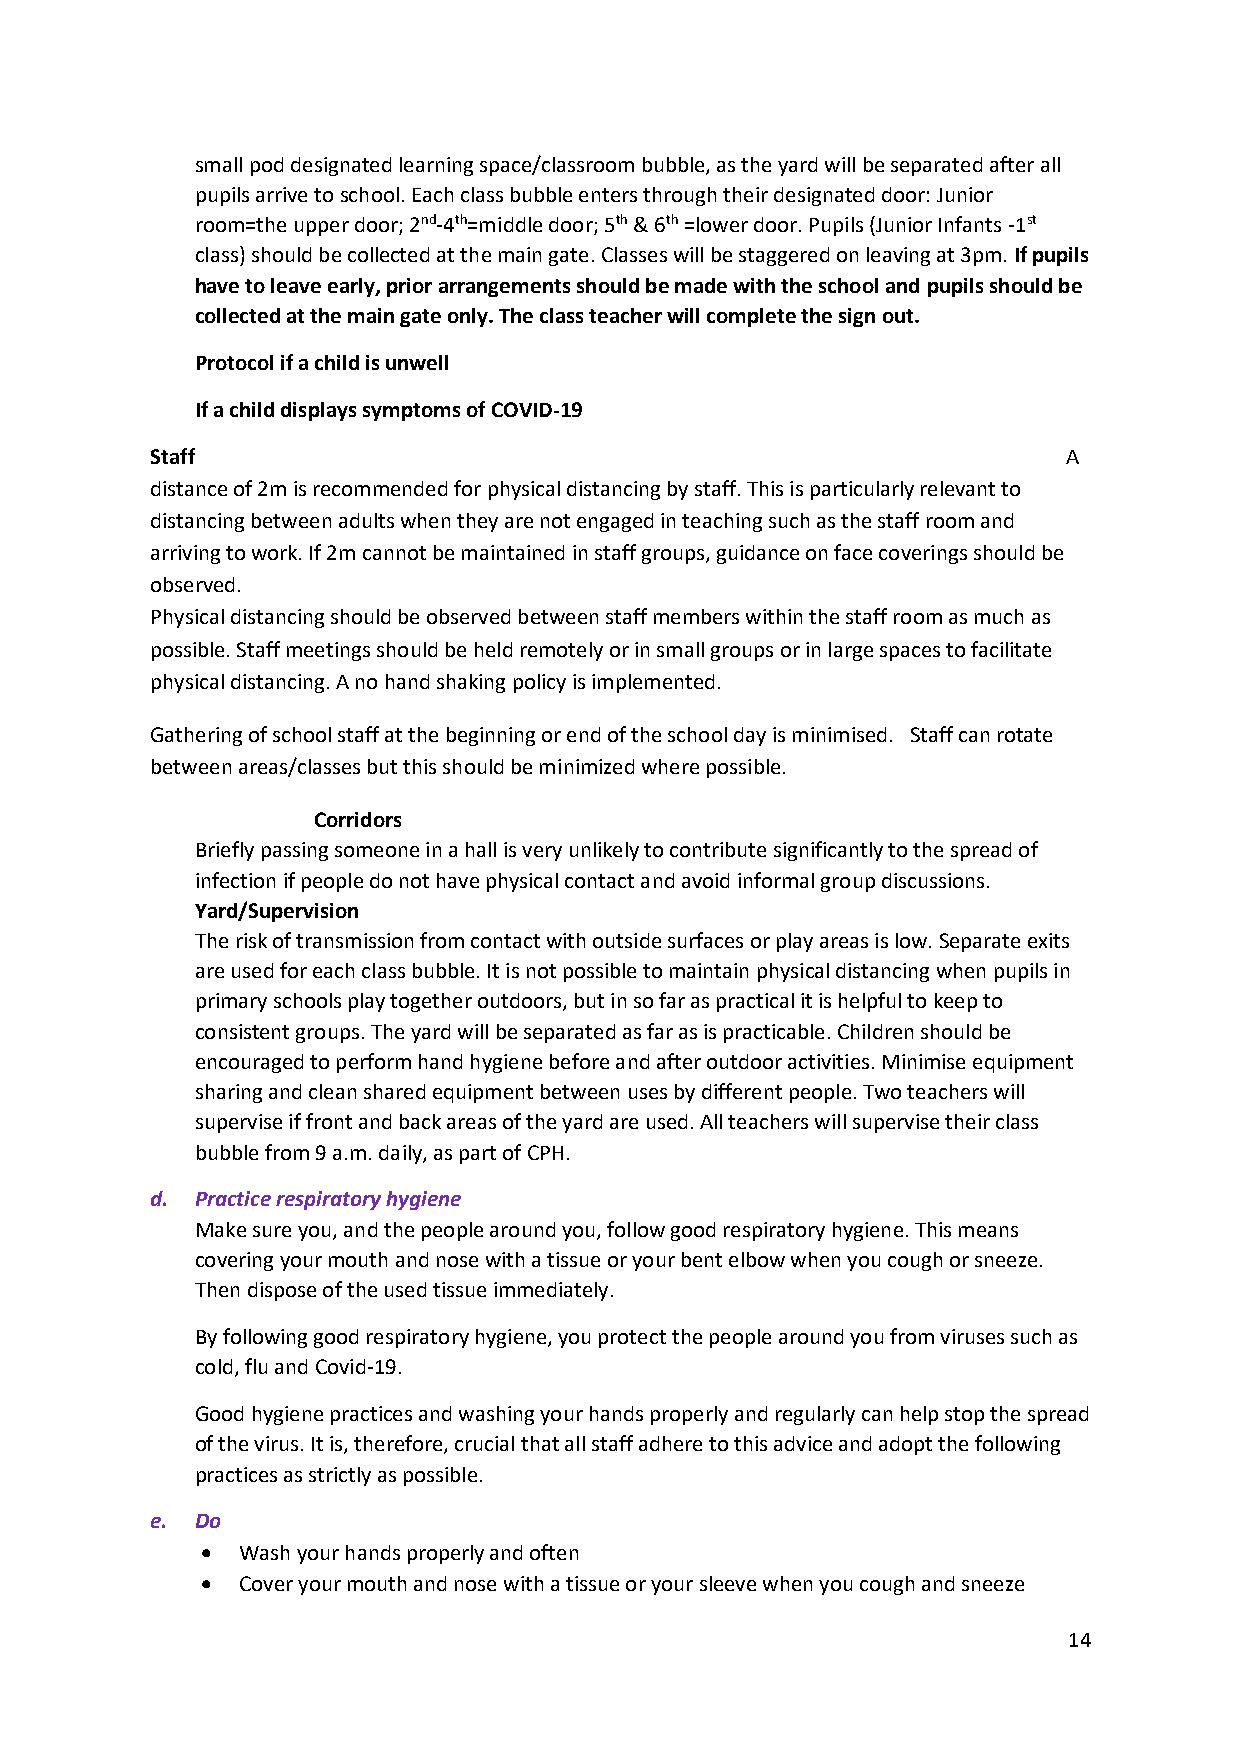
small pod designated learning space/classroom bubble, as the yard will be separated after all
 pupils arrive to school. Each class bubble enters through their designated door: Junior
 room=the upper door; 2nd-4th=middle door; 5th & 6th =lower door. Pupils (Junior Infants -1st
 class) should be collected at the main gate. Classes will be staggered on leaving at 3pm. If pupils
 have to leave early, prior arrangements should be made with the school and pupils should be
 collected at the main gate only. The class teacher will complete the sign out.
 Protocol if a child is unwell
 If a child displays symptoms of COVID-19
 Staff                                                        A
 distance of 2m is recommended for physical distancing by staff. This is particularly relevant to
 distancing between adults when they are not engaged in teaching such as the staff room and
 arriving to work. If 2m cannot be maintained in staff groups, guidance on face coverings should be
 observed.
 Physical distancing should be observed between staff members within the staff room as much as
 possible. Staff meetings should be held remotely or in small groups or in large spaces to facilitate
 physical distancing. A no hand shaking policy is implemented.
 Gathering of school staff at the beginning or end of the school day is minimised. Staff can rotate
 between areas/classes but this should be minimized where possible.
 Corridors
 Briefly passing someone in a hall is very unlikely to contribute significantly to the spread of
 infection if people do not have physical contact and avoid informal group discussions.
 Yard/Supervision
 The risk of transmission from contact with outside surfaces or play areas is low. Separate exits
 are used for each class bubble. It is not possible to maintain physical distancing when pupils in
 primary schools play together outdoors, but in so far as practical it is helpful to keep to
 consistent groups. The yard will be separated as far as is practicable. Children should be
 encouraged to perform hand hygiene before and after outdoor activities. Minimise equipment
 sharing and clean shared equipment between uses by different people. Two teachers will
 supervise if front and back areas of the yard are used. All teachers will supervise their class
 bubble from 9 a.m. daily, as part of CPH.
 d. Practice respiratory hygiene
 Make sure you, and the people around you, follow good respiratory hygiene. This means
 covering your mouth and nose with a tissue or your bent elbow when you cough or sneeze.
 Then dispose of the used tissue immediately.
 By following good respiratory hygiene, you protect the people around you from viruses such as
 cold, flu and Covid-19.
 Good hygiene practices and washing your hands properly and regularly can help stop the spread
 of the virus. It is, therefore, crucial that all staff adhere to this advice and adopt the following
 practices as strictly as possible.
 e. Do
 •  Wash your hands properly and often
 •  Cover your mouth and nose with a tissue or your sleeve when you cough and sneeze
 14